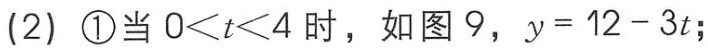
(2) \textcircled{1}当 \(0 < t < 4\) 时，如图 9，\(y = 12 - 3t\)；